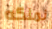
نملكه